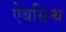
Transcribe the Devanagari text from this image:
ऐबसिन्थ